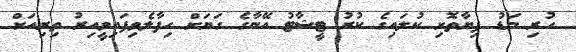
ހުރި މަޑު ފިޔާތޮށި ކުލައިގެ ކުރު ޓީޝާޓު އޭނާގެ ގަޔަށް ހިފާލެވިފައިވީއިރު ތިރިއަށް